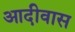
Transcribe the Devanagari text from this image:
आदीवास